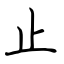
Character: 止